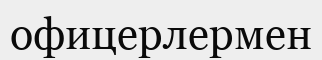
офицерлермен